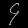
Digit: ၄